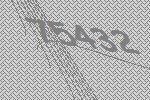
75432